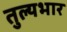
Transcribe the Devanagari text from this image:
तुल्‍यभार